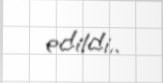
edildi..